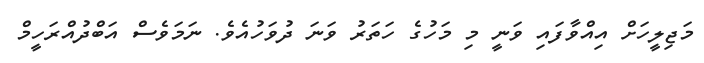
މަޖިލީހަށް އިއްވާފައި ވަނީ މި މަހުގެ ހަތަރު ވަނަ ދުވަހުއެވެ. ނަމަވެސް އަބްދުއްރަހީމް